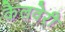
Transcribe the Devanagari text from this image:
कैलवेरी